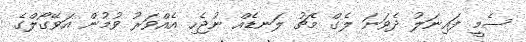
ސެމީ ފައިނަލު ދެވަނަ ލެގް މެޗު ލަނޑެއް ނުޖެހި އެއްވަރު ވުމުން އަވޭގޯލްގެ